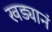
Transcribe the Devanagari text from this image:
खड्यानं